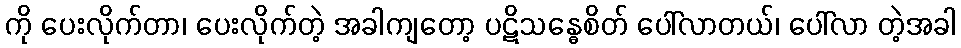
ကို ပေးလိုက်တာ၊ ပေးလိုက်တဲ့ အခါကျတော့ ပဋိသန္ဓေစိတ် ပေါ်လာတယ်၊ ပေါ်လာ တဲ့အခါ